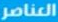
العناصر